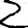
Digit: 2